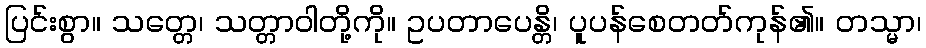
ပြင်းစွာ။ သတ္တေ၊ သတ္တာဝါတို့ကို။ ဥပတာပေန္တိ၊ ပူပန်စေတတ်ကုန်၏။ တသ္မာ၊